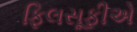
ફિલસૂફીએ